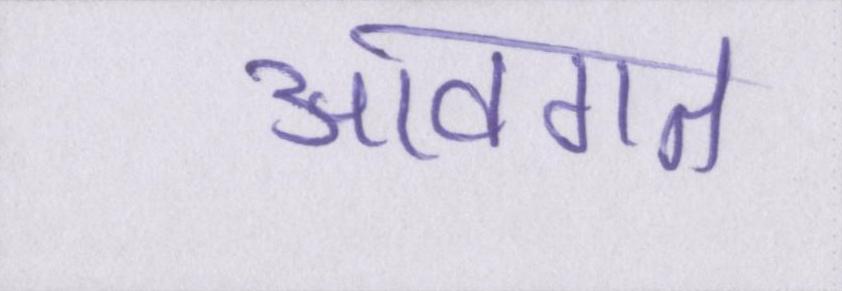
आवगत